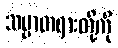
သမ္မာတရားတို့ကို